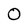
Character: O